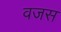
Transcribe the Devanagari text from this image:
वजस